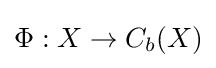
\Phi :X\rightarrow C_{b}(X)